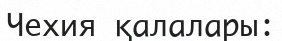
Чехия қалалары: